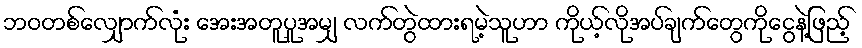
ဘဝတစ်လျှောက်လုံး အေးအတူပူအမျှ လက်တွဲထားရမဲ့သူဟာ ကိုယ့်လိုအပ်ချက်တွေကိုငွေနဲ့ဖြည့်